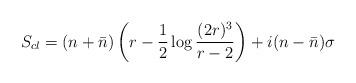
LaTeX: \begin{align*}S_{cl} = (n+\bar n) \left( r -\frac12 \log\frac{(2r)^3}{r-2} \right)+ i (n-\bar n) \sigma\end{align*}